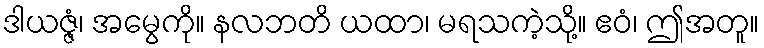
ဒါယဇ္ဇံ၊ အမွေကို။ နလဘတိ ယထာ၊ မရသကဲ့သို့။ ဧဝံ၊ ဤအတူ။